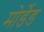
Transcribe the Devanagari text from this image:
मोर्डेड